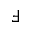
\Finv